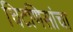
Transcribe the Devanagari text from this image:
चिटणिसांचा